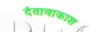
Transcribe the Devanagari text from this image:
दंतावाकाश